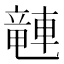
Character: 𫏽